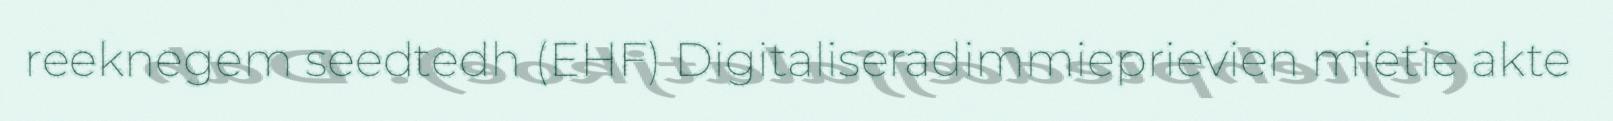
reeknegem seedtedh (EHF) Digitaliseradimmieprievien mietie akte